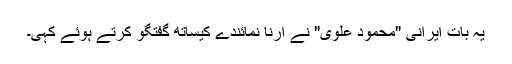
یہ بات ایرانی "محمود علوی" نے ارنا نمائندے کیساتھ گفتگو کرتے ہوئے کہی۔